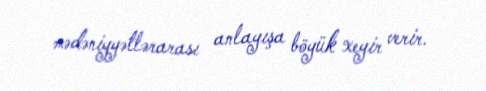
mədəniyyətlərarası anlayışa böyük xeyir verir.